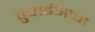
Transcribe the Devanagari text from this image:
पुचाईअप्पा